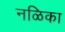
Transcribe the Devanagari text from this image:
नळिका